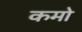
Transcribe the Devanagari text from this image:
कमो